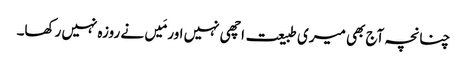
چنانچہ آج بھی میری طبیعت اچھی نہیں اور مَیں نے روزہ نہیں رکھا۔